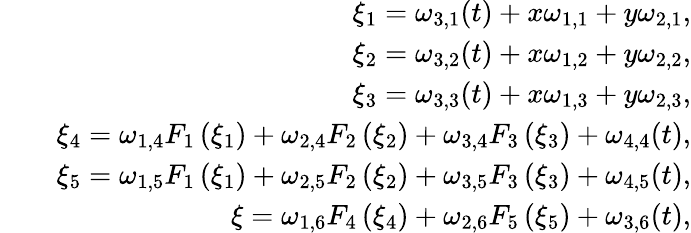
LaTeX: \begin{array}{rlr}&{}&{\xi_{1}=\omega_{3,1}(t)+x\omega_{1,1}+y\omega_{2,1},}\\ &{}&{\xi_{2}=\omega_{3,2}(t)+x\omega_{1,2}+y\omega_{2,2},}\\ &{}&{\xi_{3}=\omega_{3,3}(t)+x\omega_{1,3}+y\omega_{2,3},}\\ &{}&{\xi_{4}=\omega_{1,4}F_{1}\left(\xi_{1}\right)+\omega_{2,4}F_{2}\left(\xi_{2}\right)+\omega_{3,4}F_{3}\left(\xi_{3}\right)+\omega_{4,4}(t),}\\ &{}&{\xi_{5}=\omega_{1,5}F_{1}\left(\xi_{1}\right)+\omega_{2,5}F_{2}\left(\xi_{2}\right)+\omega_{3,5}F_{3}\left(\xi_{3}\right)+\omega_{4,5}(t),}\\ &{}&{\xi=\omega_{1,6}F_{4}\left(\xi_{4}\right)+\omega_{2,6}F_{5}\left(\xi_{5}\right)+\omega_{3,6}(t),}\end{array}